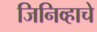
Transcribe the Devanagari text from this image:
जिनिव्हाचे